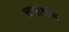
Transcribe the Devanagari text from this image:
चर्चाधीन